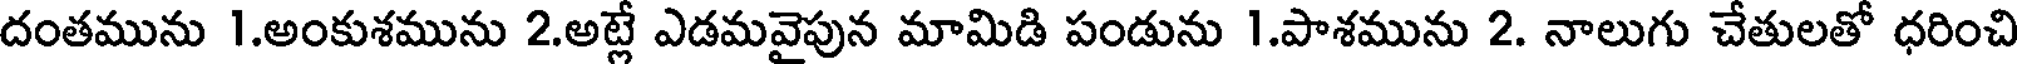
దంతమును 1.అంకుశమును 2.అట్లే ఎడమవైపున మామిడి పండును 1.పాశమును 2. నాలుగు చేతులతో ధరించి